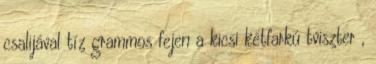
csalijával tíz grammos fejen a kicsi kétfarkú tviszter ,